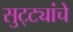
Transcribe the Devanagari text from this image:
सुट्ट्यांचे